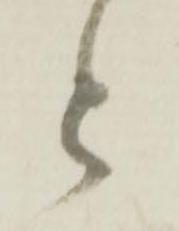
と